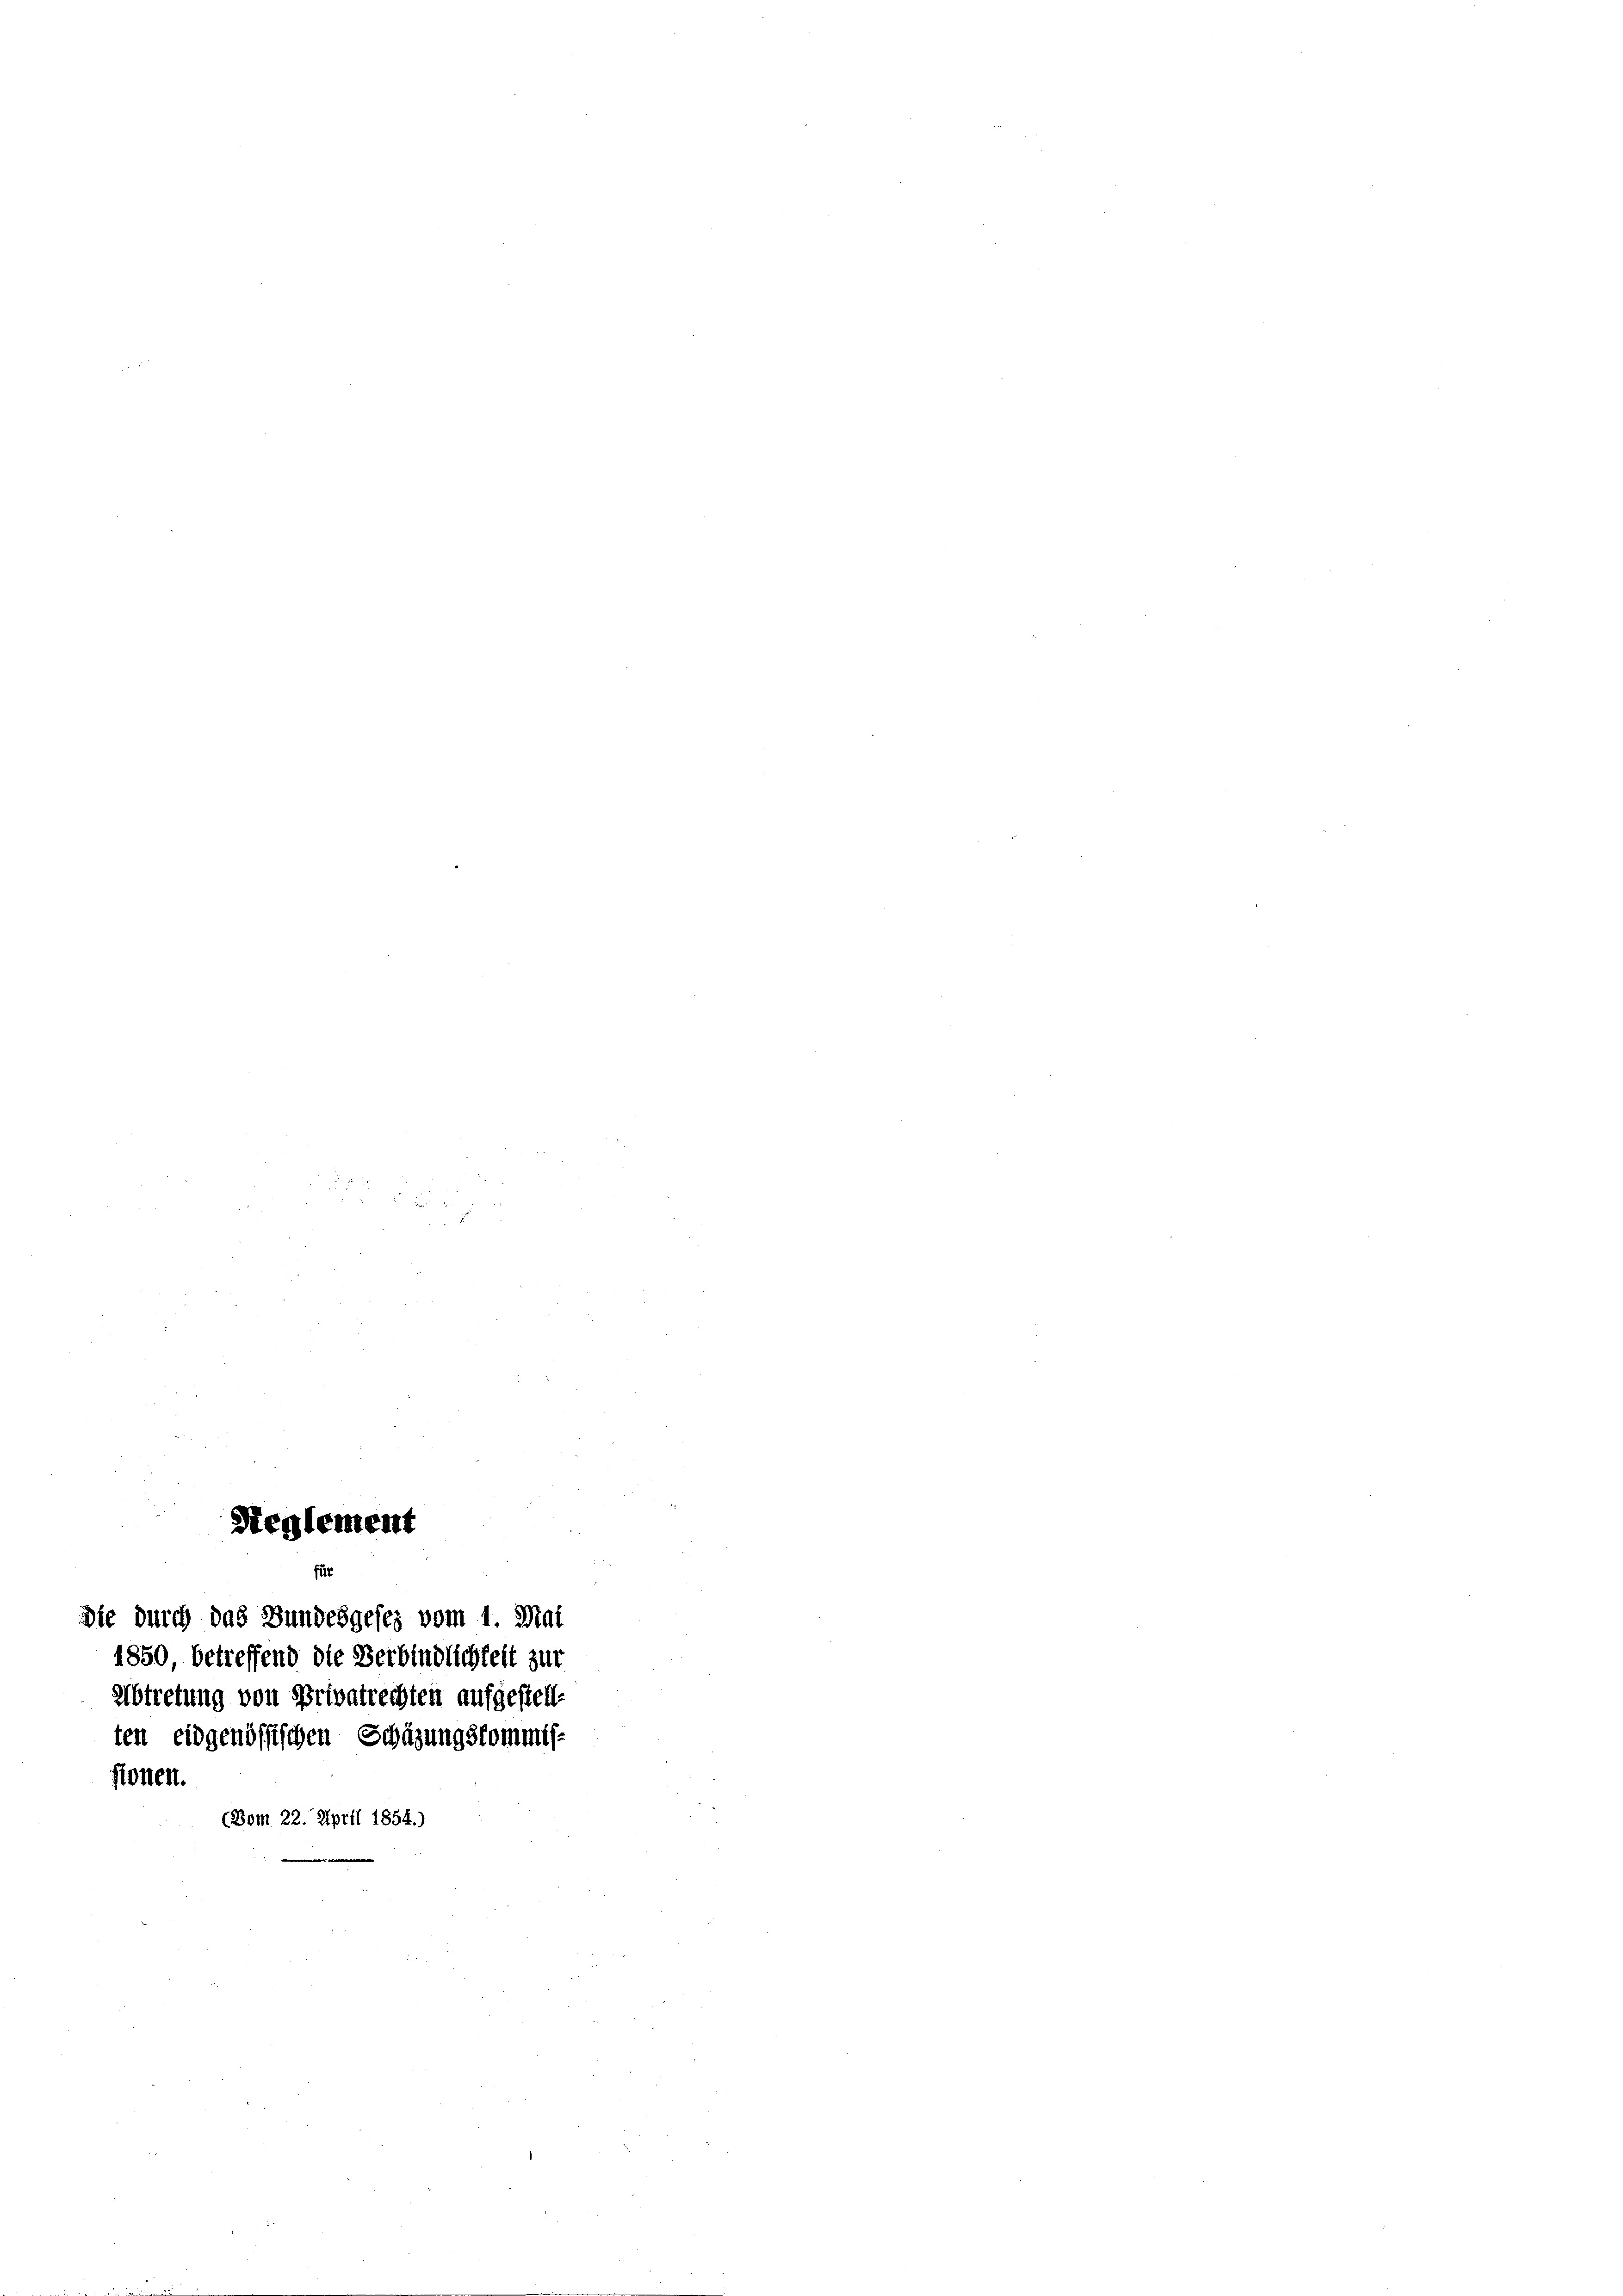
Seglement

1850 betreffend die Verbindlichkeit zur
Abtretung von Privatrechten aufgestellt
ten eidgenössischen Schazungskommissionen.
(Vom 22. April 1854.)

Die durch das Bundesgeses vom 1. Mai